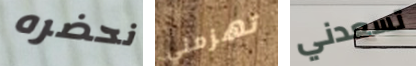
نحضره تهزمني تسعدني